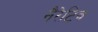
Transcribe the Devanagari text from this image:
नैरेटिव